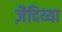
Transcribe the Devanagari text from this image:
ज़ैदिय्या